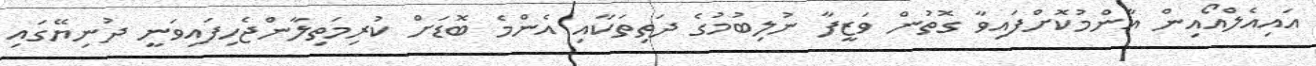
އައިއެލްއޯއިން އާންމުކޮށްފައިވާ ގޮތުން ވަޒީފާ ނުލިބުމުގެ ދަތިތަކާއި އެންމެ ބޮޑަށް ކުރިމަތިލާންޖެހިފައިވަނީ ދުނިޔޭގައި